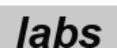
labs